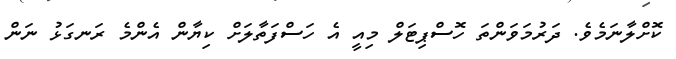
ކޮށްލާނަމެވެ. ދަރުމަވަންތަ ހޮސްޕިޓަލް މިއީ އެ ހަސްފަތާލަށް ކިޔާން އެންމެ ރަނގަޅު ނަން